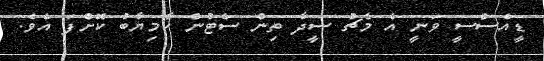
ޑީއެސްސީ ވަނީ އެ މެޗު ސީދާ ތިން ސެޓުން ކާމިޔާބު ކޮށްފަ އެވެ.